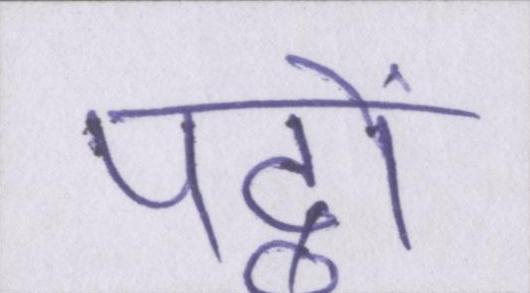
पट्ठों